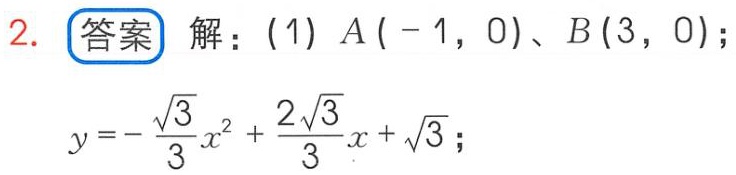
2. **答案** 解：(1) \(A(-1,0)\)、\(B(3,0)\)；
\(y = -\frac{\sqrt{3}}{3}x^{2}+\frac{2\sqrt{3}}{3}x+\sqrt{3}\)；